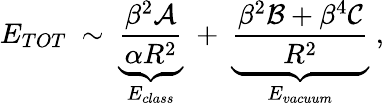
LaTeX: E_{TOT}\ \sim\ \underbrace{\frac{\beta^{2}{\cal A}}{\alpha R^{2}}}_{E_{class}}\ +\ \underbrace{\frac{\beta^{2}{\cal B}+\beta^{4}{\cal C}}{R^{2}}}_{E_{vacuum}}\ ,